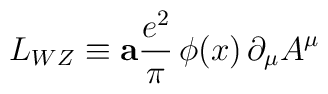
L_{WZ}\equiv {\bf a}{ e^2\over \pi }\, \phi(x) \,\partial_\mu A^{\mu}